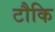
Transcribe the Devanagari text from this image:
टौकि